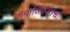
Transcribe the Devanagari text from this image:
समाजिस्टांचा